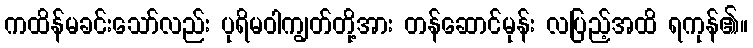
ကထိန်မခင်းသော်လည်း ပုရိမဝါကျွတ်တို့အား တန်ဆောင်မုန်း လပြည့်အထိ ရကုန်၏။